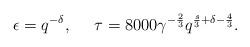
LaTeX: \begin{align*} \epsilon= q^{- \delta}, \,\,\,\,\,\,\,\, \tau=8000\gamma^{-\frac{2}{3}}q^{\frac{s}{3}+\delta-\frac{4}{3}}.\end{align*}